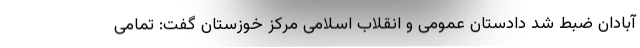
آبادان ضبط شد دادستان عمومی و انقلاب اسلامی مرکز خوزستان گفت: تمامی